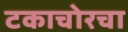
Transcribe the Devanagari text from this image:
टकाचोरचा